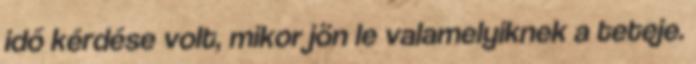
idő kérdése volt, mikor jön le valamelyiknek a teteje.